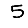
Digit: 5